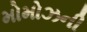
મોમોઝની